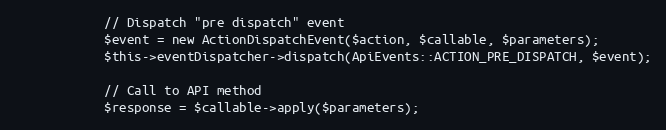
Language: PHP
            // Dispatch "pre dispatch" event
            $event = new ActionDispatchEvent($action, $callable, $parameters);
            $this->eventDispatcher->dispatch(ApiEvents::ACTION_PRE_DISPATCH, $event);

            // Call to API method
            $response = $callable->apply($parameters);